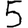
Digit: 5